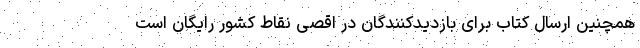
همچنین ارسال کتاب برای بازدیدکنندگان در اقصی نقاط کشور رایگان است